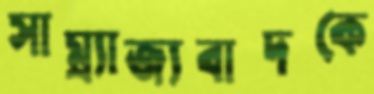
সাম্র্যাজ্যবাদকে